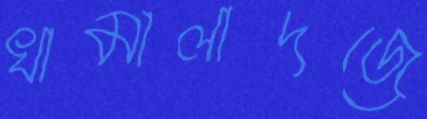
খামালাদজে